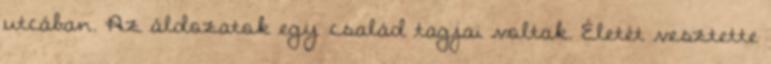
utcában. Az áldozatok egy család tagjai voltak. Életét vesztette